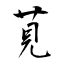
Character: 莧